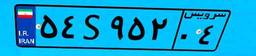
۵۴S۹۵۲۰۴